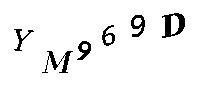
YM969D